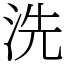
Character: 洗